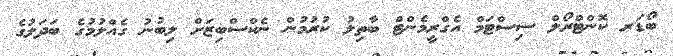
ބޯޑަރ ކޮންޓްރޯލް ސިސްޓަމް އެގްރީމެންޓް ބާތިލު ކުރުމުން ނެކްސްބިޒަށް ލިބުނު ގެއްލުމުގެ ބަދަލުގެ